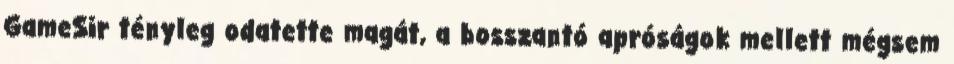
GameSir tényleg odatette magát, a bosszantó apróságok mellett mégsem